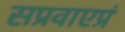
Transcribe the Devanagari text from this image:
सप्रवाएप्रं